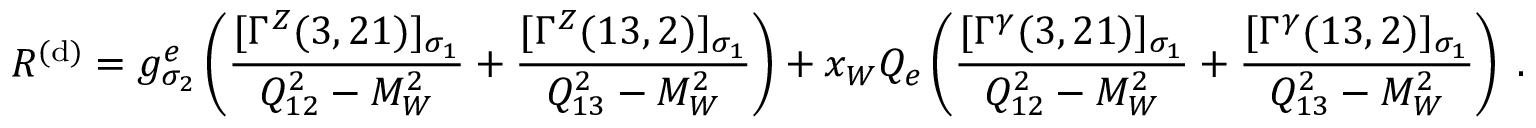
{ \cal R } ^ { ( \mathrm { d } ) } = g _ { \sigma _ { 2 } } ^ { e } \left( \frac { [ \Gamma ^ { Z } ( 3 , 2 1 ) ] _ { \sigma _ { 1 } } } { Q _ { 1 2 } ^ { 2 } - M _ { W } ^ { 2 } } + \frac { [ \Gamma ^ { Z } ( 1 3 , 2 ) ] _ { \sigma _ { 1 } } } { Q _ { 1 3 } ^ { 2 } - M _ { W } ^ { 2 } } \right) + x _ { W } Q _ { e } \left( \frac { [ \Gamma ^ { \gamma } ( 3 , 2 1 ) ] _ { \sigma _ { 1 } } } { Q _ { 1 2 } ^ { 2 } - M _ { W } ^ { 2 } } + \frac { [ \Gamma ^ { \gamma } ( 1 3 , 2 ) ] _ { \sigma _ { 1 } } } { Q _ { 1 3 } ^ { 2 } - M _ { W } ^ { 2 } } \right) \; .